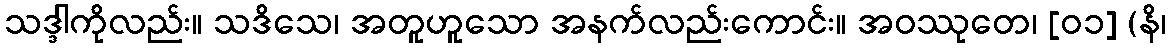
သဒ္ဒါကိုလည်း။ သဒိသေ၊ အတူဟူသော အနက်လည်းကောင်း။ အဝဿုတေ၊ [၀၁] (နိ၊